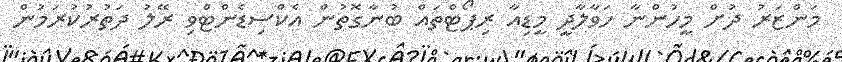
މަންޒަރު ދުށް މީހުންނާ ހަވާލާދީ މީޑިއާ ރިޕޯޓްތައް ބުނާގޮތުން އެކްސިޑެންޓްވި ރޭލު ދަތުރުކުރަމުން